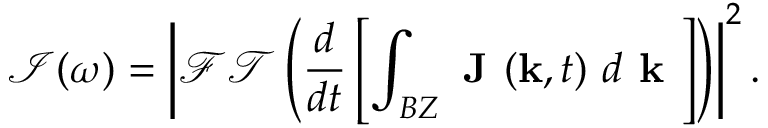
\mathcal { I } ( \omega ) = \left| \mathcal { F T } \left( \frac { d } { d t } \left[ \int _ { B Z } \textbf { J } ( \mathbf { k } , t ) ~ d { \textbf { k } } \right] \right) \right| ^ { 2 } .